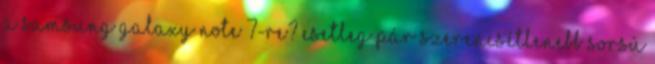
a Samsung Galaxy Note 7-re? Esetleg pár szerencsétlenebb sorsú